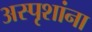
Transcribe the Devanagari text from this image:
अस्पृशांना